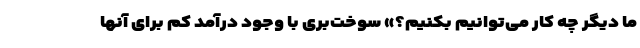
ما دیگر چه کار می‌توانیم بکنیم؟» سوخت‌بری با وجود درآمد کم برای آنها